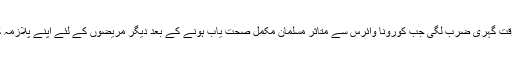
ان کے مطابق نفرت کی اس پُر زور سیاست پر اس وقت گہری ضرب لگی جب کورونا وائرس سے متاثر مسلمان مکمل صحت یاب ہونے کے بعد دیگر مریضوں کے لئے اپنے پلازمہ کو عطیہ کے طور پر دینے کے لئے آگے آرہے ہیں۔